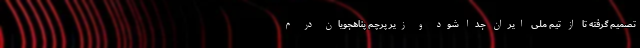
تصمیم گرفته تا از تیم ملی ایران جدا شود و زیر پرچم پناهجویان در م